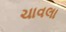
ચાવલા